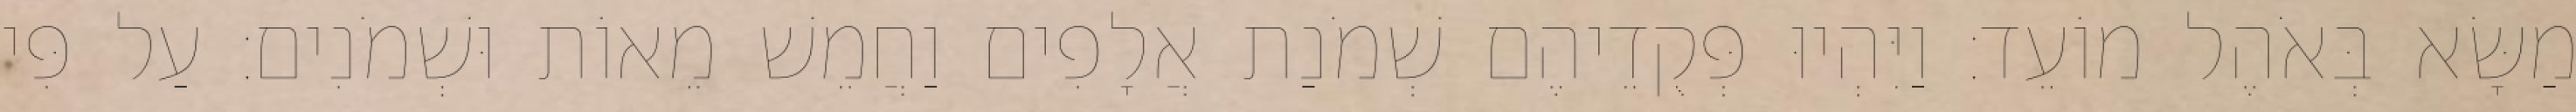
מַשָּׂא בְּאֹהֶל מוֹעֵד׃ וַיִּהְיוּ פְּקֻדֵיהֶם שְׁמֹנַת אֲלָפִים וַחֲמֵשׁ מֵאוֹת וּשְׁמֹנִים׃ עַל פִּי